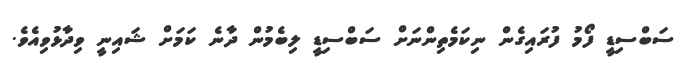
ސަބްސިޑީ ފޯމު ފުރައިގެން ނިކަމެތިންނަށް ސަބްސިޑީ ލިބެމުން ދާނެ ކަމަށް ޝައިނީ ވިދާޅުވިއެވެ.